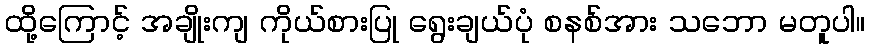
ထို့ကြောင့် အချိုးကျ ကိုယ်စားပြု ရွေးချယ်ပုံ စနစ်အား သဘော မတူပါ။